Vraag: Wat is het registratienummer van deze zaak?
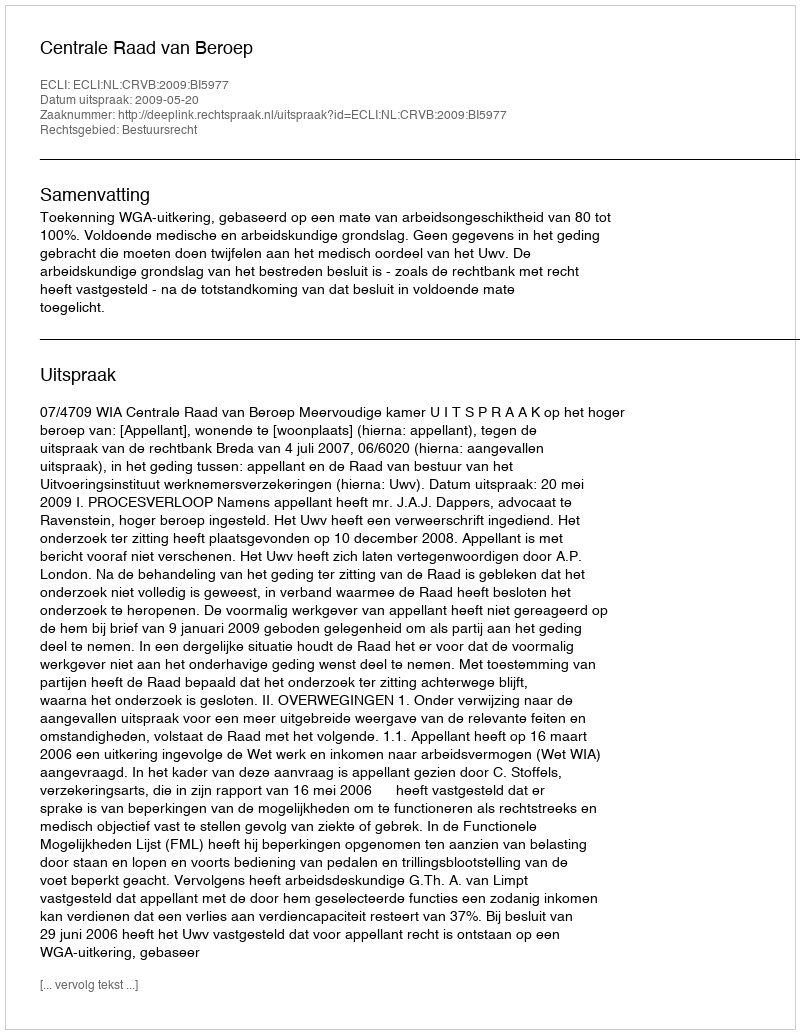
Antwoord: http://deeplink.rechtspraak.nl/uitspraak?id=ECLI:NL:CRVB:2009:BI5977